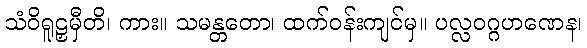
သံဝိရူဠှမှီတိ၊ ကား။ သမန္တတော၊ ထက်ဝန်းကျင်မှ။ ပလ္လဝဂ္ဂဟဏေန၊